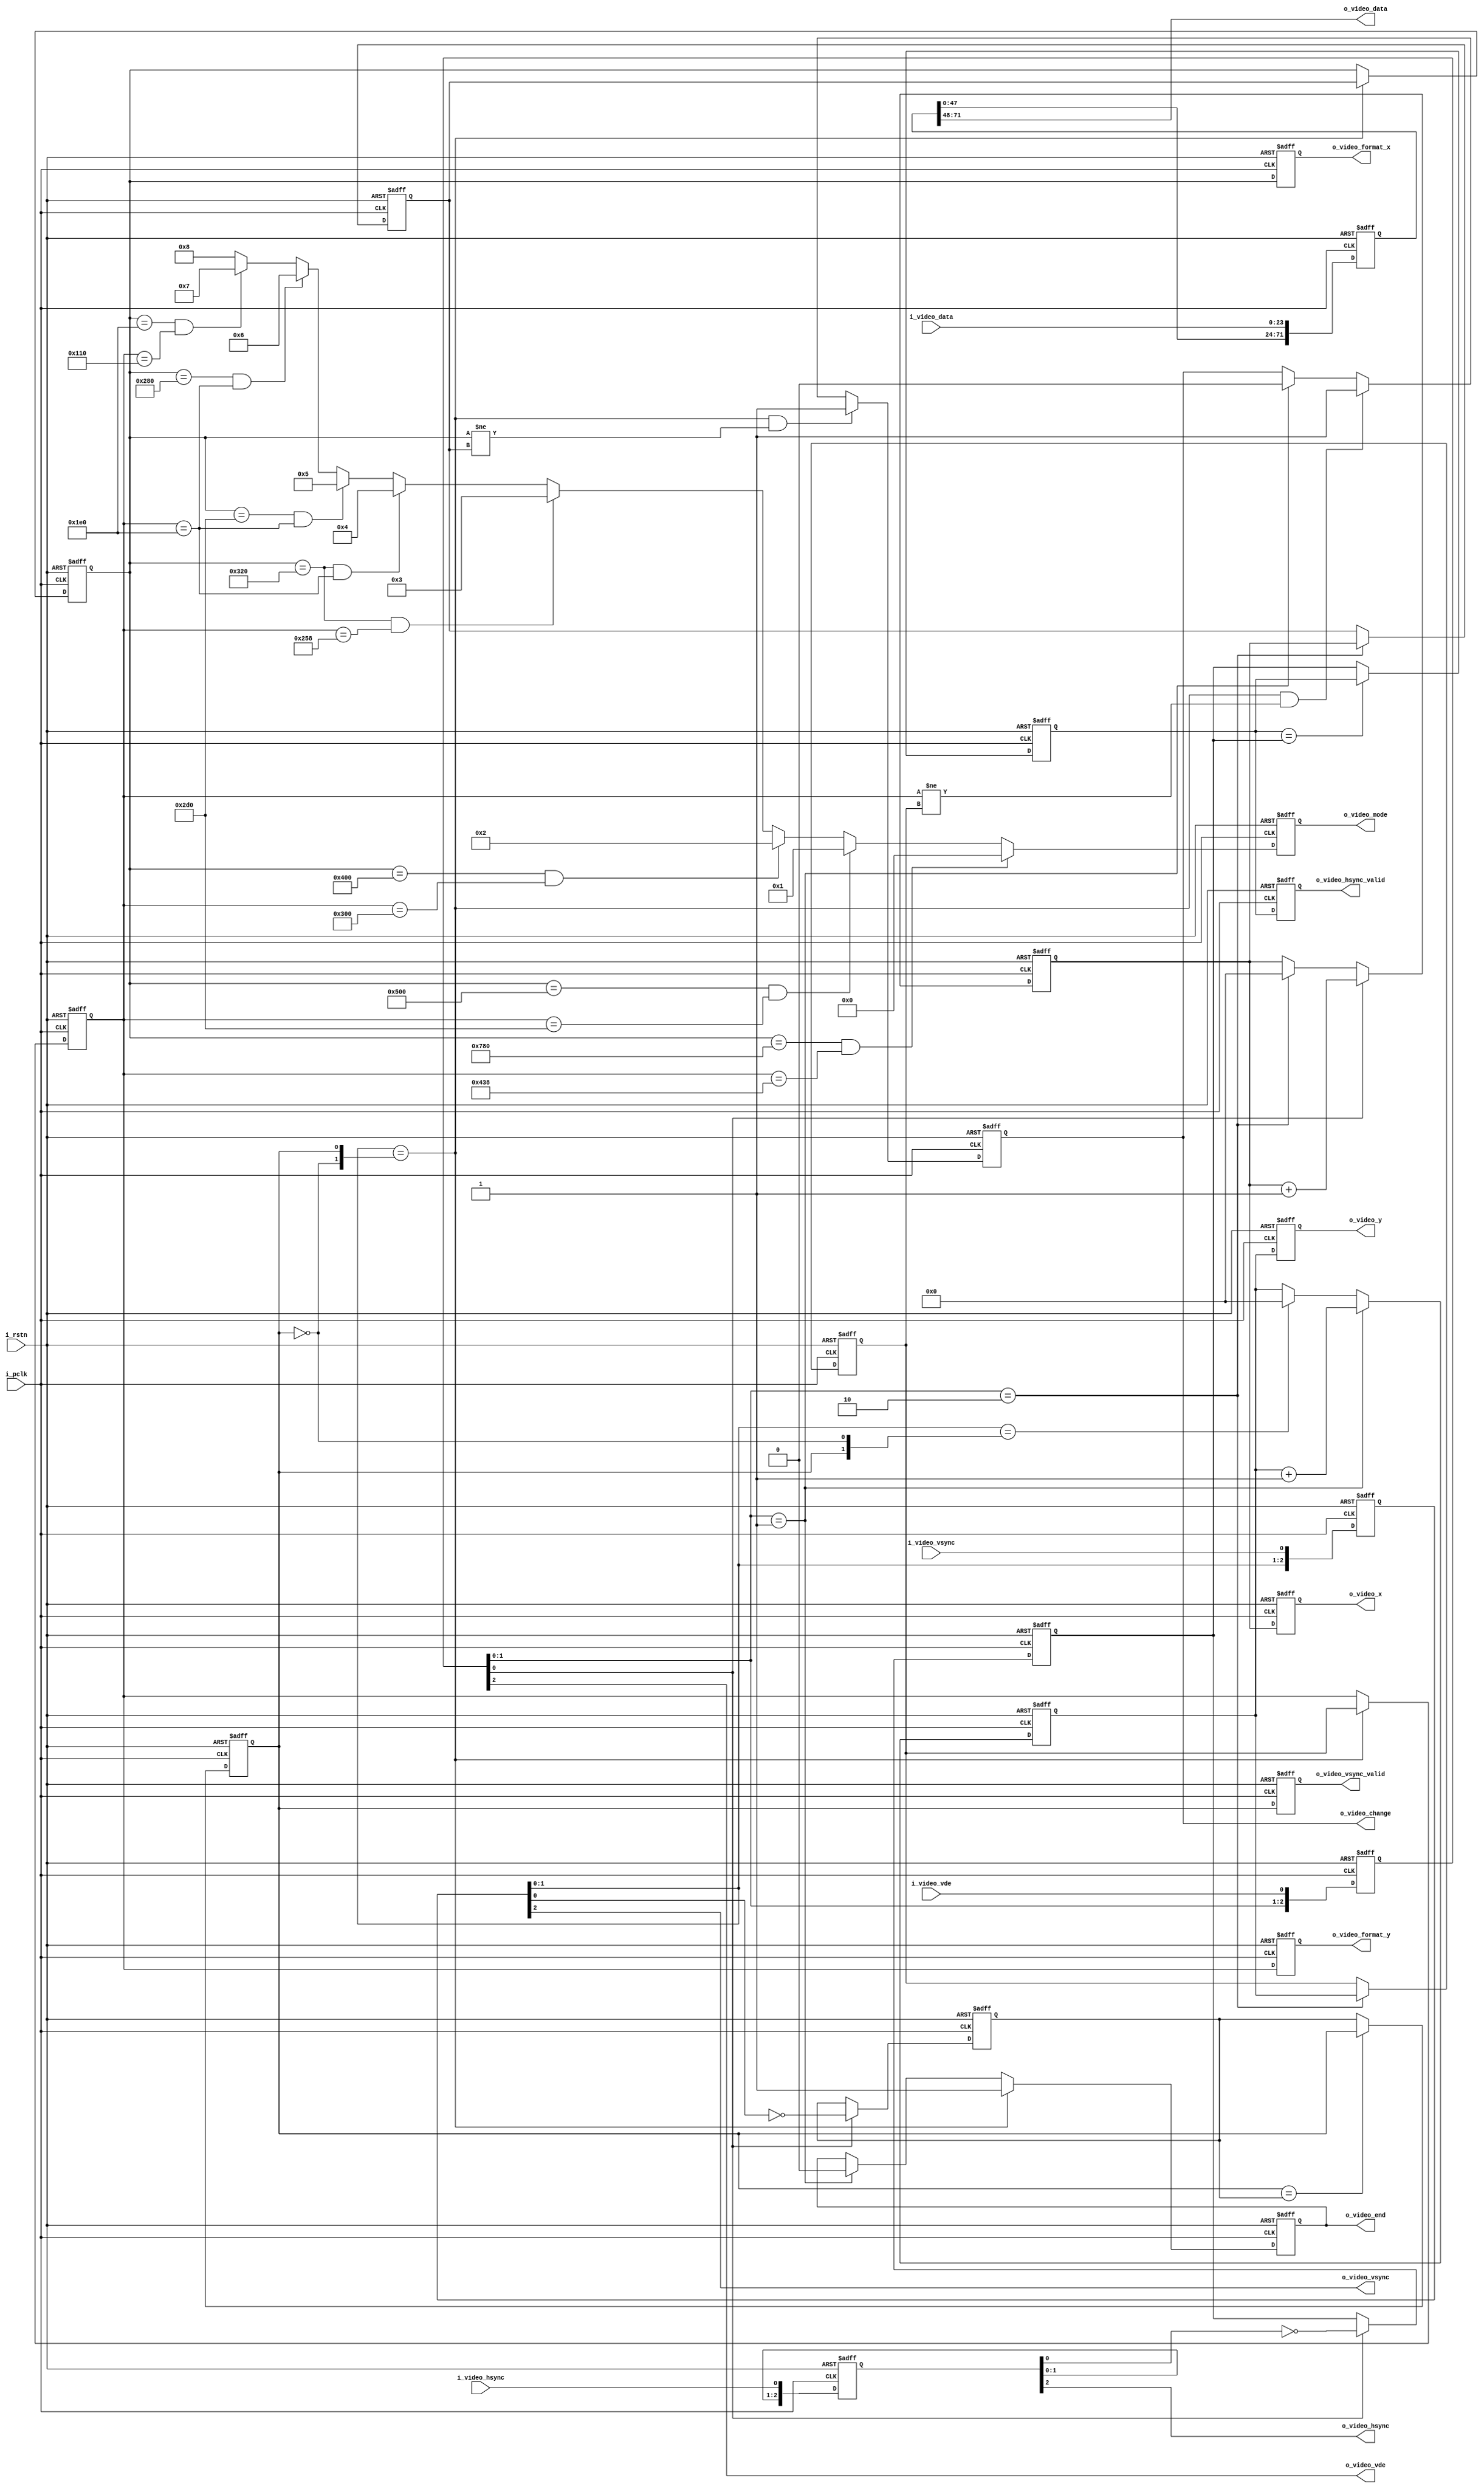
`timescale 1ns / 1ps

/*
	Video Format  o_video_mode
				4'b1xxx					
	 1920*1080p		4'b0000
	 1280*720p      4'b0001
	 1024*768p      4'b0010
	 800*600p       4'b0011
	 800*480p       4'b0100
	 720*480p       4'b0101
	 640*480p       4'b0110
	 480*272p       4'b0111
*/

//
module Video_Analyze_Interface(
	input i_pclk,
	input i_rstn,
	
	//----------------------------//
	input [23:0]i_video_data,
	input i_video_vde,
	input i_video_hsync,
	input i_video_vsync,
	
	//----------------------------//
	output [23:0]o_video_data,
	output o_video_vde,
	output o_video_hsync,
	output o_video_vsync,
	
	//----------------------------//
	output [3:0]o_video_mode,						//
	output [11:0]o_video_format_x,					//X
	output [11:0]o_video_format_y,					//Y
	output [11:0]o_video_x,							//X
	output [11:0]o_video_y,							//Y
	output o_video_hsync_valid,						//
	output o_video_vsync_valid,						//
	output o_video_end,								//,,
	output o_video_change							//,
);
	localparam DELAY_NUM = 3'd3;
	
	//
	reg [11:0]hsync_pixel_current = 0;
	reg [11:0]vsync_pixel_current = 0;
	reg hsync_valid_current = 1'b1;
	reg vsync_valid_current = 1'b1;
	
	//
	reg [11:0]hsync_pixel_next = 0;
	reg [11:0]vsync_pixel_next = 0;
	reg hsync_valid_next = 1'b1;
	reg vsync_valid_next = 1'b1;
	
	//
	reg [11:0]hsync_cnt = 0;
	reg [11:0]vsync_cnt = 0;
	
	//
	reg [DELAY_NUM * 24 - 1:0]video_data_i = 0;
	reg [DELAY_NUM - 1:0]video_vde_i = 0;
	reg [DELAY_NUM - 1:0]video_hsync_i = 0;
	reg [DELAY_NUM - 1:0]video_vsync_i = 0;
	
	//
	reg [3:0]video_mode_o = 0;
	reg [11:0]video_format_x_o = 0;
	reg [11:0]video_format_y_o = 0;
	reg [11:0]video_x_o = 0;
	reg [11:0]video_y_o = 0;
	reg video_hsync_valid_o = 1'b1;
	reg video_vsync_valid_o = 1'b1;
	reg video_end_o = 0;
	reg video_change_o = 0;
	
	//
	assign o_video_data = video_data_i[DELAY_NUM * 24 - 1:(DELAY_NUM - 1)*24];
	assign o_video_vde = video_vde_i[DELAY_NUM - 1];
	assign o_video_hsync = video_hsync_i[DELAY_NUM - 1];
	assign o_video_vsync = video_vsync_i[DELAY_NUM - 1];
	
	//
	assign o_video_mode = video_mode_o;
	assign o_video_format_x = video_format_x_o;
	assign o_video_format_y = video_format_y_o;
	assign o_video_x = video_x_o;
	assign o_video_y = video_y_o;
	assign o_video_hsync_valid = video_hsync_valid_o;
	assign o_video_vsync_valid = video_vsync_valid_o;
	assign o_video_end = video_end_o;
	assign o_video_change = video_change_o;
	 
	//
	always@(posedge i_pclk or negedge i_rstn)begin
		if(i_rstn == 1'b0)video_mode_o <= 4'd0;
		else if(hsync_pixel_current == 12'd1920&& vsync_pixel_current == 12'd1080)video_mode_o <= 4'b0000;
		else if(hsync_pixel_current == 12'd1280&& vsync_pixel_current == 12'd720)video_mode_o <= 4'b0001;
		else if(hsync_pixel_current == 12'd1024&& vsync_pixel_current == 12'd768)video_mode_o <= 4'b0010;
		else if(hsync_pixel_current == 12'd800&& vsync_pixel_current == 12'd600)video_mode_o <= 4'b0011;
		else if(hsync_pixel_current == 12'd800&& vsync_pixel_current == 12'd480)video_mode_o <= 4'b0100;
		else if(hsync_pixel_current == 12'd720&& vsync_pixel_current == 12'd480)video_mode_o <= 4'b0101;
		else if(hsync_pixel_current == 12'd640&& vsync_pixel_current == 12'd480)video_mode_o <= 4'b0110;
		else if(hsync_pixel_current == 12'd480&& vsync_pixel_current == 12'd272)video_mode_o <= 4'b0111;
		else video_mode_o <= 4'b1000;
	end
	
	//,
	always@(posedge i_pclk or negedge i_rstn)begin
		if(i_rstn == 1'b0)begin
			video_format_x_o <= 12'd0;
			video_format_y_o <= 12'd0;
			video_x_o <= 12'd0;
			video_y_o <= 12'd0;
			video_hsync_valid_o <= 1'b1;
			video_vsync_valid_o <= 1'b1;
		end else begin
			video_format_x_o <= hsync_pixel_current;
			video_format_y_o <= vsync_pixel_current;
			video_x_o <= hsync_cnt;
			video_y_o <= vsync_cnt;
			video_hsync_valid_o <= hsync_valid_current;
			video_vsync_valid_o <= vsync_valid_current;
		end
	end
	
	//
	always@(posedge i_pclk or negedge i_rstn)begin
		if(i_rstn == 1'b0)video_end_o <= 1'b0;
		else if(video_vsync_i[1:0] == {~vsync_valid_current,vsync_valid_current})video_end_o <= 1'b1;
		else if(video_vde_i[1:0] == 2'b01)video_end_o <= 1'b0;
		else video_end_o <= video_end_o;
	end
	
	//
	always@(posedge i_pclk or negedge i_rstn)begin
		if(i_rstn == 1'b0)video_change_o <= 1'b0;
		else if(video_vsync_i[1:0] == {~vsync_valid_current,vsync_valid_current}&&hsync_pixel_current != hsync_pixel_next)video_change_o <= 1'b1;
		else if(video_vsync_i[1:0] == {~vsync_valid_current,vsync_valid_current}&&vsync_pixel_current != vsync_pixel_next)video_change_o <= 1'b1;
		else if(video_vde_i[1:0] == 2'b01)video_change_o <= 1'b0;
		else video_change_o <= video_change_o;
	end
	
	//
	always@(posedge i_pclk or negedge i_rstn)begin
		if(i_rstn == 1'b0)begin
			hsync_pixel_current <= 12'd0;
			vsync_pixel_current <= 12'd0;
		end else if(video_vsync_i[1:0] == {~vsync_valid_current,vsync_valid_current})begin
			hsync_pixel_current <= hsync_pixel_next;
			vsync_pixel_current <= vsync_pixel_next;
		end else begin
			hsync_pixel_current <= hsync_pixel_current;
			vsync_pixel_current <= vsync_pixel_current;
		end
	end
	
	//
	always@(posedge i_pclk or negedge i_rstn)begin
		if(i_rstn == 1'b0)begin
			hsync_pixel_next <= 12'd0;
			vsync_pixel_next <= 12'd0;
		end else if(video_vde_i[1:0] == 2'b10)begin
			hsync_pixel_next <= hsync_cnt;
			vsync_pixel_next <= vsync_cnt;
		end else begin
			hsync_pixel_next <= hsync_pixel_next;
			vsync_pixel_next <= vsync_pixel_next;
		end
	end

	//
	always@(posedge i_pclk or negedge i_rstn)begin
		if(i_rstn == 1'b0)hsync_cnt <= 12'd0;
		else if(video_vde_i[0] == 1'b1)hsync_cnt <= hsync_cnt + 12'd1;
		else if(video_vde_i[1:0] == 2'b10)hsync_cnt <= 12'd0;
		else hsync_cnt <= hsync_cnt;
	end
	
	//
	always@(posedge i_pclk or negedge i_rstn)begin
		if(i_rstn == 1'b0)vsync_cnt <= 12'd0;
		else if(video_vde_i[1:0] == 2'b01)vsync_cnt <= vsync_cnt + 12'd1;
		else if(video_vsync_i[1:0] == {vsync_valid_current,~vsync_valid_current})vsync_cnt <= 12'd0;
		else vsync_cnt <= vsync_cnt;
	end
	
	//
	always@(posedge i_pclk or negedge i_rstn)begin
		if(i_rstn == 1'b0)hsync_valid_current <= 1'b1;
		else if(hsync_valid_current == hsync_valid_next)hsync_valid_current <= hsync_valid_current;
		else hsync_valid_current <= hsync_valid_next;
	end
	
	//
	always@(posedge i_pclk or negedge i_rstn)begin
		if(i_rstn == 1'b0)vsync_valid_current <= 1'b1;
		else if(vsync_valid_current == vsync_valid_next)vsync_valid_current <= vsync_valid_current;
		else vsync_valid_current <= vsync_valid_next;
	end
	
	//
	always@(posedge i_pclk or negedge i_rstn)begin
		if(i_rstn == 1'b0)begin
			hsync_valid_next <= 1'b1;
			vsync_valid_next <= 1'b1;
		end else if(video_vde_i[0] == 1'b1)begin
			hsync_valid_next <= ~video_hsync_i[0];
			vsync_valid_next <= ~video_vsync_i[0];
		end else begin
			hsync_valid_next <= hsync_valid_next;
			vsync_valid_next <= vsync_valid_next;
		end
	end
	
	//
	always@(posedge i_pclk or negedge i_rstn)begin
		if(i_rstn == 1'b0)begin
			video_data_i <= {(DELAY_NUM * 24){1'b0}};
			video_vde_i <= {DELAY_NUM{1'b0}};
			video_hsync_i <= {DELAY_NUM{1'b0}};
			video_vsync_i <= {DELAY_NUM{1'b0}};
		end else begin
			video_data_i <= (DELAY_NUM == 1) ? i_video_data : ({video_data_i[(DELAY_NUM -1) * 24 - 1:0],i_video_data});
			video_vde_i <= (DELAY_NUM == 1) ? i_video_vde : {video_vde_i[DELAY_NUM - 2:0],i_video_vde};
			video_hsync_i <= (DELAY_NUM == 1) ? i_video_hsync : {video_hsync_i[DELAY_NUM - 2:0],i_video_hsync};
			video_vsync_i <= (DELAY_NUM == 1) ? i_video_vsync : {video_vsync_i[DELAY_NUM - 2:0],i_video_vsync};
		end
	end
	
endmodule